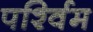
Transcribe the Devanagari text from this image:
पर्श्विम